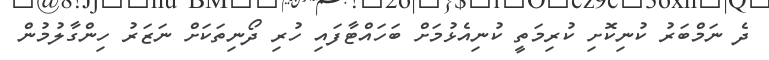
ދެ ނަމްބަރު ކުނިކޮށި ކުރިމަތީ ކުނިއެޅުމަށް ބަހައްޓާފައި ހުރި ދޯނިތަކަށް ނަޒަރު ހިންގާލުމުން